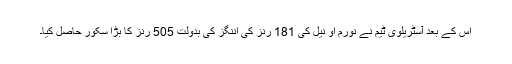
اس کے بعد آسٹریلوی ٹیم نے نورم او نيل کی 181 رنز کی اننگز کی بدولت 505 رنز کا بڑا سکور حاصل کیا۔